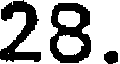
28.